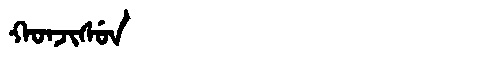
Manchu: ᡴᠣᠨᠵᡳᠰᡠᠨ
Romanization: KONJISUN